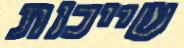
שייכות